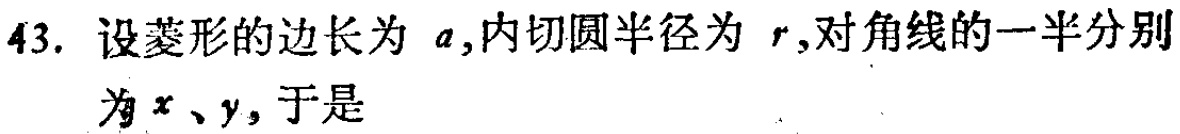
43. 设菱形的边长为 \(a\),内切圆半径为 \(r\),对角线的一半分别为 \(x、y\), 于是